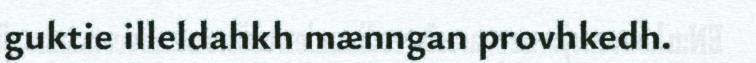
guktie illeldahkh mænngan provhkedh.